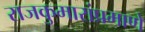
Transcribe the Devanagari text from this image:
राजकुमारांप्रमाणे